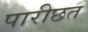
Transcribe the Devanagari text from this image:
पारीछत